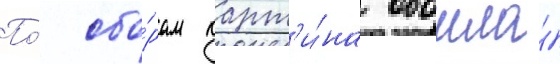
По́ сбо́рам карт'и́на обошла́